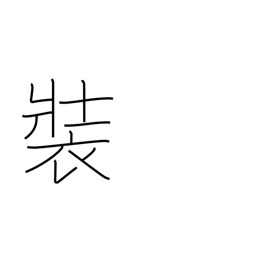
Meaning: profess